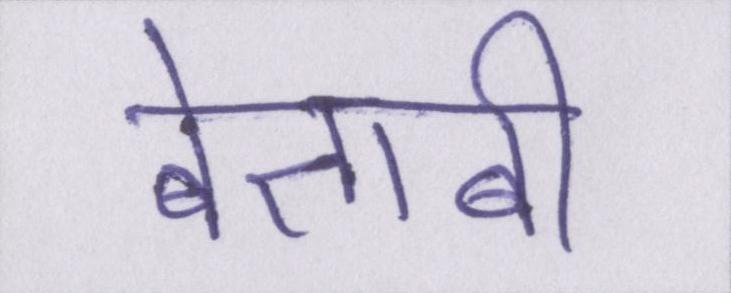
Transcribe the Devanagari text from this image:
बेताबी